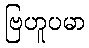
ဗြဟူပမာ